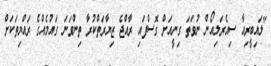
"ލައިބީރިއާ ސިއެރަލިއޯން ނުވަތަ ގިނީއަށް ގޮސްފައި ރާއްޖެ ޒިޔާރަތްކުރާ ތިންވަނަ ގައުމެއްގެ ރައްޔިތަކަށް